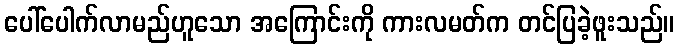
ပေါ်ပေါက်လာမည်ဟူသော အကြောင်းကို ကားလမတ်က တင်ပြခဲ့ဖူးသည်။